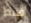
فقط